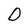
Character: D